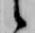
候